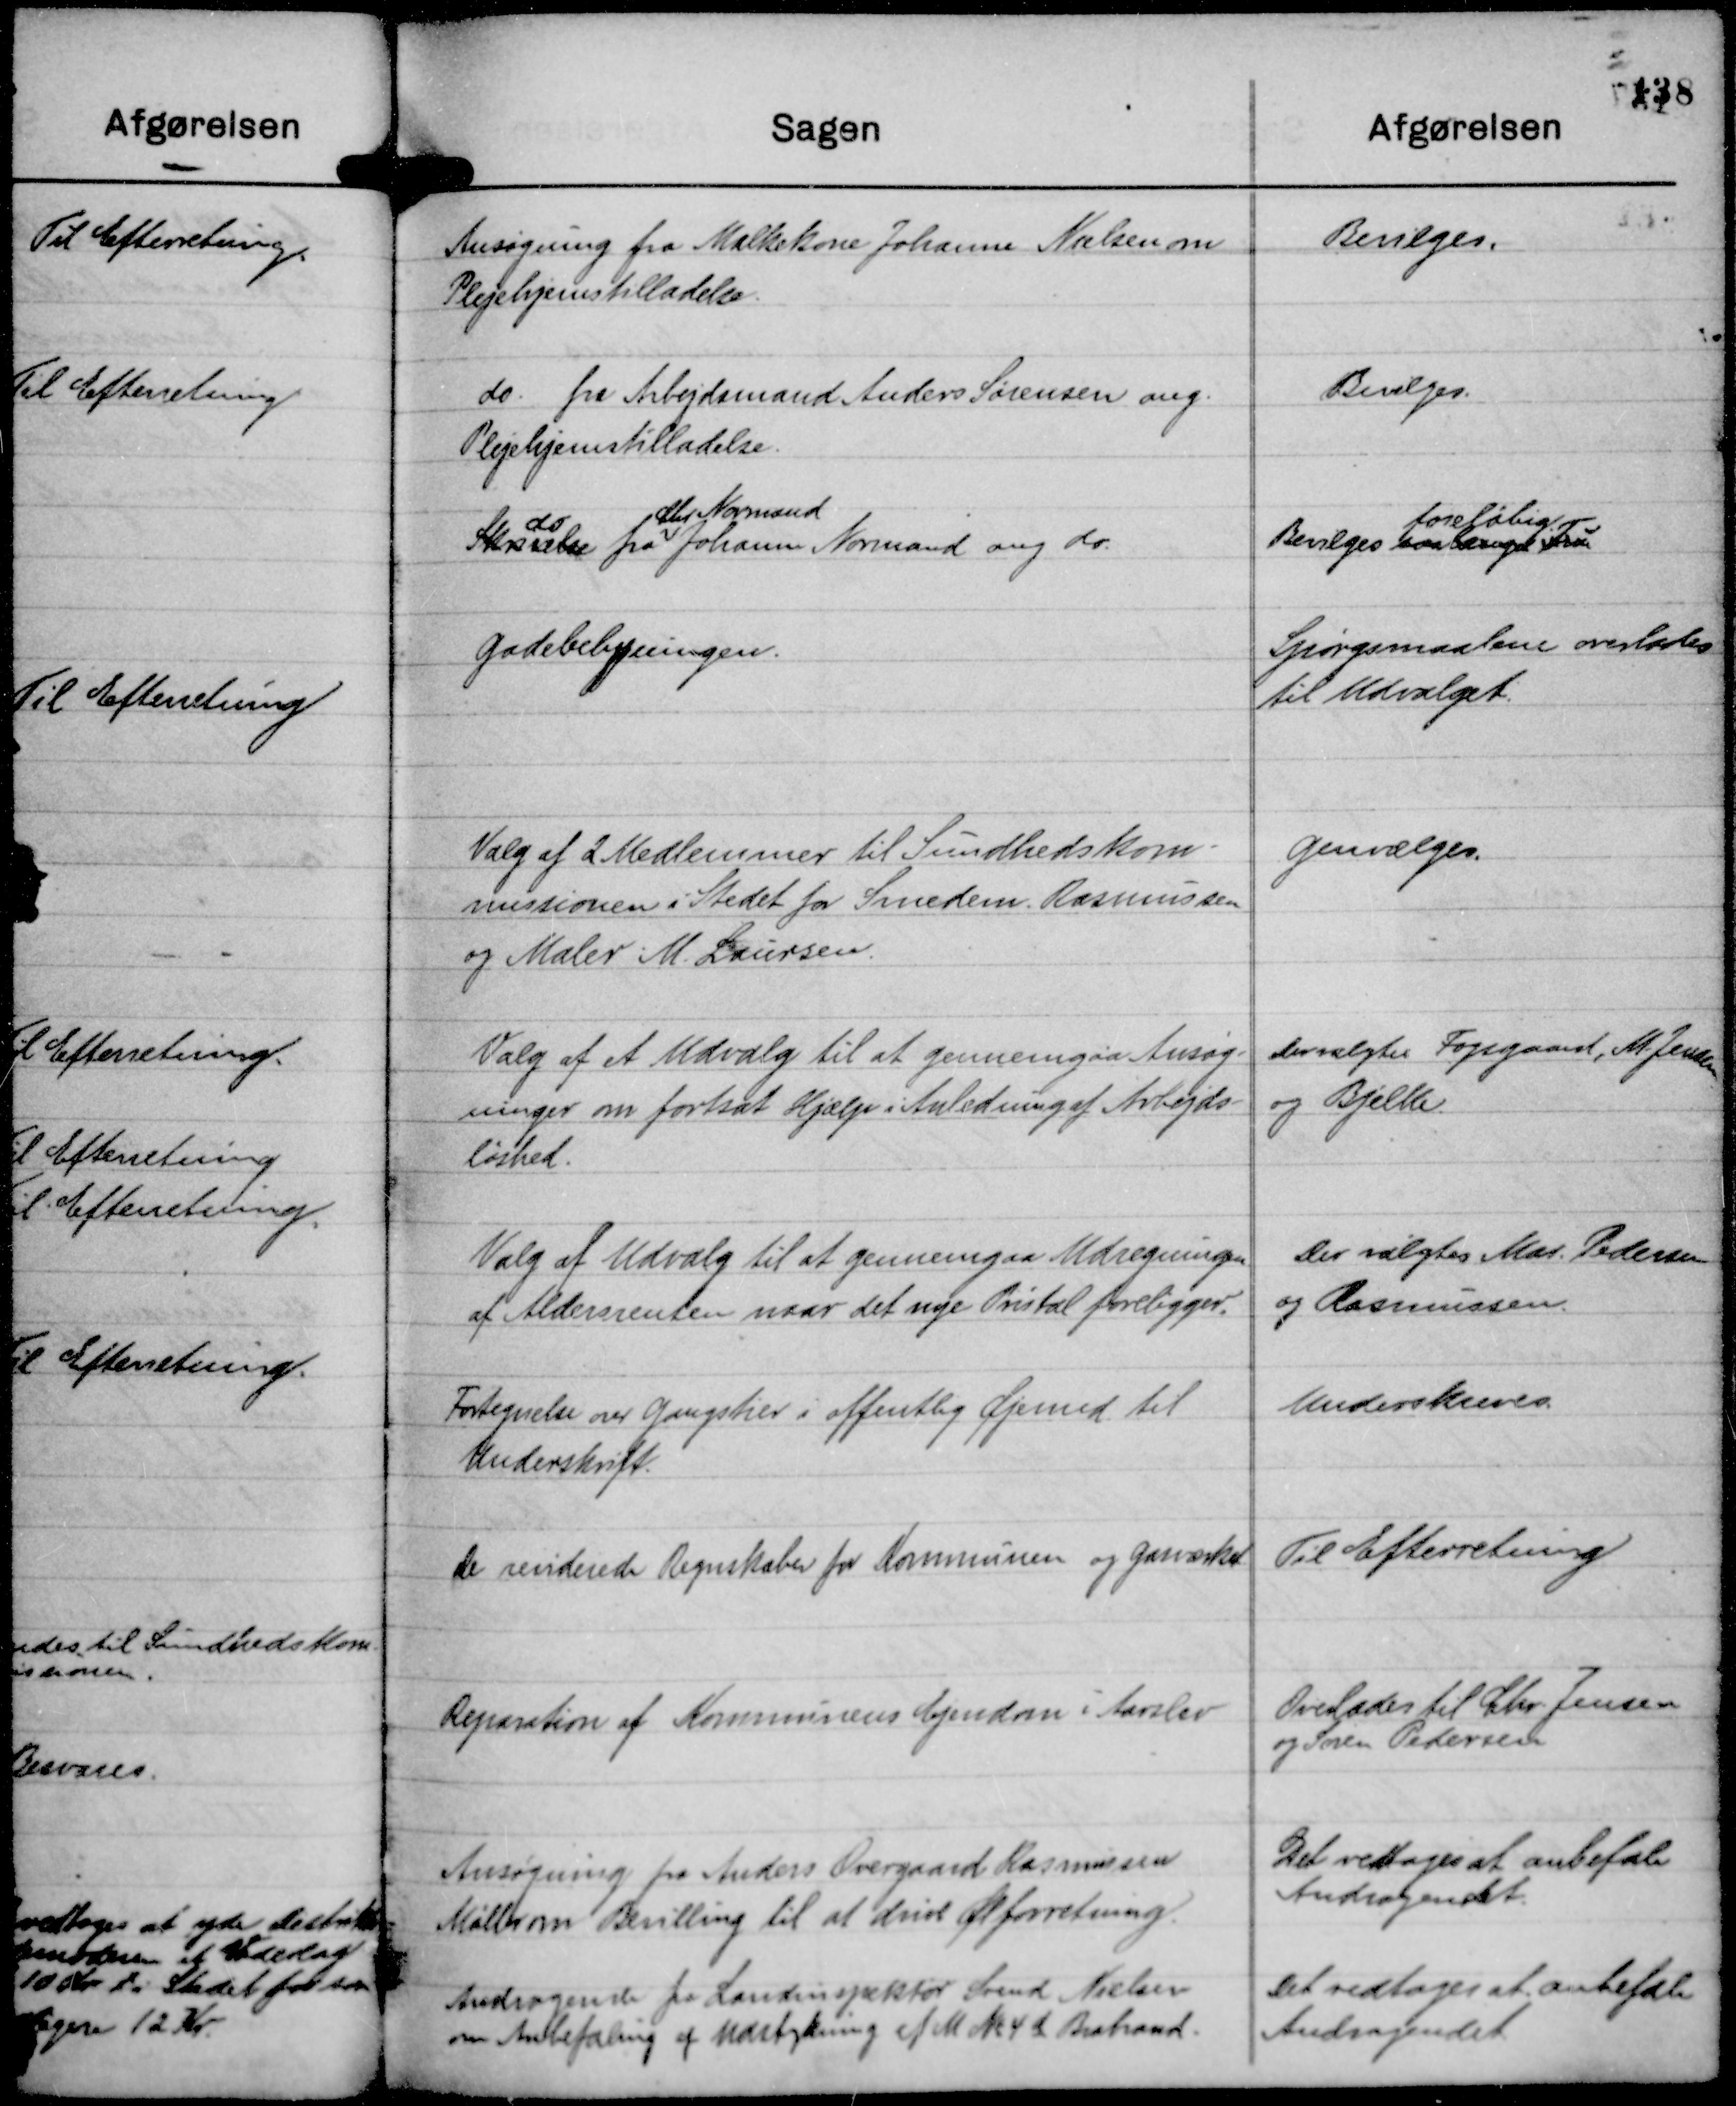
Transskription:
Ansøgning fra Malkekone Johanne Nielsen om
Plejehjemstilladelse.

Bevilges.

do. fra Arbejdsmand Anders Sørensen ang.
Plejehjemstilladelse.

Bevilges.

Skrivelse
do
fra
Chr Normand
Johanne Normand ang do.

Bevilges  
foreløbig.

Gadebelysningen.

Spørgsmaalene overlades
til Udvalget.

Valg af 2 Medlemmer til Sundhedskom-
missionen i Stedet for Smedem. Rasmussen
og Maler M. Laursen.

Genvælges.

Valg af et Udvalg til at gennemgaa Ansøg-
ninger om fortsat Hjælp i Anledning af Arbejds-
løshed.

Der valgtes Fogsgaard, M. Jensen
og Bjelke.

Valg af Udvalg til at gennemgaa Udregningen
af Aldersrenten naar det nye Pristal foreligger.

Der valgtes Mar. Pedersen
og Rasmussen.

Fortegnelse over Gangstier i offentlig Øjemed til
Underskrift.

Underskreves.

De reviderede Regnskaber for Kommunen og Gasværket.

Til Efterretning

Reparation af Kommunens Ejendom i Aarslev

Overlades til Chr. Jensen
og Søren Pedersen

Ansøgning fra Anders Overgaard Rasmussen
Møller om Bevilling til at drive Ølforretning.

Det vedtages at anbefale
Andragendet.

Andragende fra Landinspektør Svend Nielsen
om Anbefaling af Udstykning af M No 4 d Brabrand.

Det vedtages at anbefale
Andragendet.